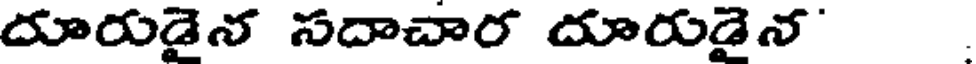
దూరుడైన సదాచార దూరుడైన'